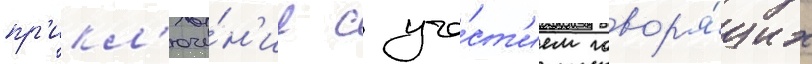
пр'икл'юче́н'ие с уча́ст'ием говор'я́щих